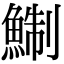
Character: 鯯